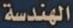
الهندسة